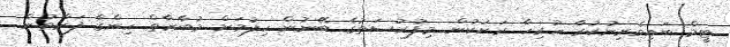
ޓީމް ބައިވެރިނުކުރާ ހުރިހާ ރަށަކުން މިފުރުސަތުގެ ބޭނުން ހިފުމަށް މުބާރާތް ހިންގާ ފަރާތުން